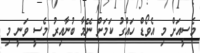
މެސީއަށް މި އެވޯޑް ހައްގު ކަމަށް ނޭމާ ބުނާއިރު މެސީ ވަނީ މި